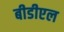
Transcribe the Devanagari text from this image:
बीडीएल